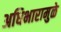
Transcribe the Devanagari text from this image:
अधिभारामुळे